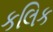
કલિક